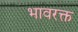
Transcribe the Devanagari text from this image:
भावरक्त